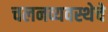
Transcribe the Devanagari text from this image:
चलनव्यवस्थेचे